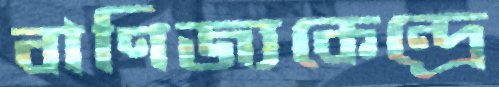
বাণিজ্যকেন্দ্রে